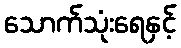
သောက်သုံးရေနှင့်